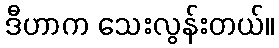
ဒီဟာက သေးလွန်းတယ်။